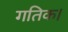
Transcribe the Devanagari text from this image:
गतिक।